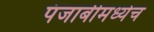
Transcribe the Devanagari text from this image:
पंजाबीमध्येच